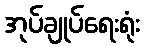
အုပ်ချုပ်ရေးရုံး